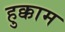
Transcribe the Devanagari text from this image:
हुक्काम